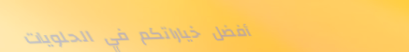
أفضل خياراتكم في الحلويات